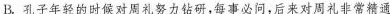
B.孔子年轻的时候对周礼努力钻研，每事必问，后来对周礼非常精通